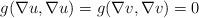
LaTeX: \begin{align*}g(\nabla u, \nabla u) = g(\nabla v,\nabla v) = 0\end{align*}